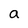
Character: a